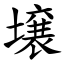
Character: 壌